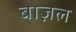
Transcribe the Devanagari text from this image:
बाज़ल